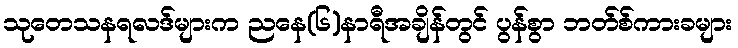
သုတေသနရလဒ်များက ညနေ(၆)နာရီအချိန်တွင် ပွန်စွာ ဘတ်စ်ကားခများ